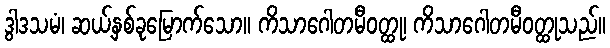
ဒွါဒသမံ၊ ဆယ့်နှစ်ခုမြောက်သော။ ကိသာဂေါတမီဝတ္ထု၊ ကိသာဂေါတမီဝတ္ထုသည်။